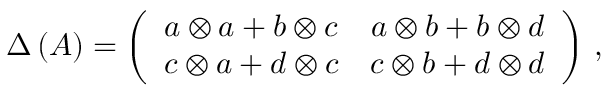
\Delta \left( A \right) = \left( \begin{array} { c c } { { a \otimes a + b \otimes c } } & { { a \otimes b + b \otimes d } } \\ { { c \otimes a + d \otimes c } } & { { c \otimes b + d \otimes d } } \end{array} \right) \, ,